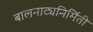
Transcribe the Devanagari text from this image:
बालनाट्यनिर्मिती